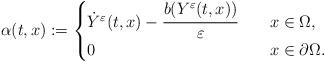
LaTeX: \begin{align*}\alpha (t, x) :=\begin{cases}\dot Y^\varepsilon (t, x) - \cfrac{b(Y^\varepsilon (t, x))}{\varepsilon} \ \ \ & x \in \Omega, \\0 \ \ \ & x \in \partial \Omega. \end{cases}\end{align*}